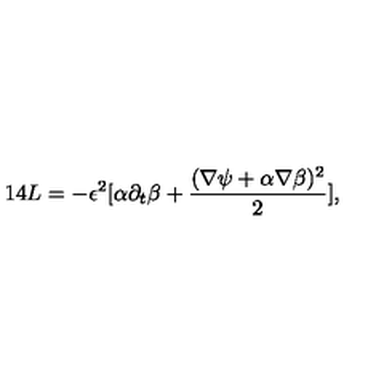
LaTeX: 1 4 L = - \epsilon ^ { 2 } [ \alpha \partial _ { t } \beta + { \frac { ( \nabla \psi + \alpha \nabla \beta ) ^ { 2 } } { 2 } } ] ,